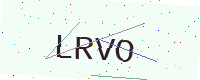
Text: LRVO